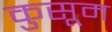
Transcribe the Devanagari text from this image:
कुसूम